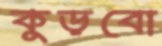
কুড়বো